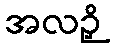
အလဉှိ